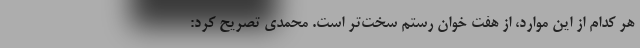
هر کدام از این موارد، از هفت خوان رستم سخت‌تر است. محمدی تصریح کرد: